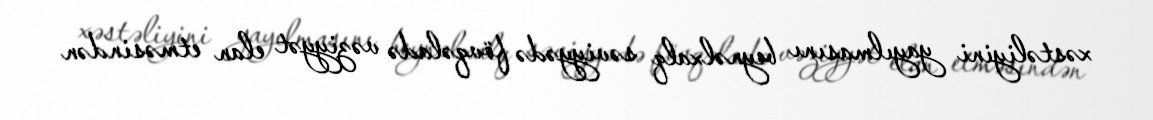
xəstəliyini yayılmasını beynəlxalq səviyyədə fövqəladə vəziyyət elan etməsindən